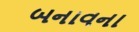
બનાવના